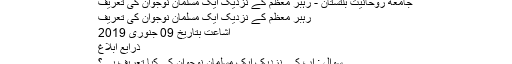
جامعه روحانیت بلتستان - رہبر معظم کے نزدیک ایک مسلمان نوجوان کی تعریف
رہبر معظم کے نزدیک ایک مسلمان نوجوان کی تعریف
اشاعت بتاریخ 09 جنوری 2019
ذرایع ابلاغ
سوال : آپ کے نزدیک ایک مسلمان نوجوان کی کیا تعریف ہے؟